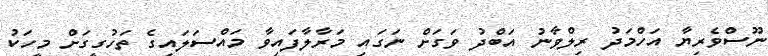
ނޫސްވެރިޔާ އަހްމަދު ރިލްވާނު އަބްދު ވަގަށް ނަގައި މަރާލާފައިވާ މައްސަލައިގެ ތަހުގީގަށް މީހަކު